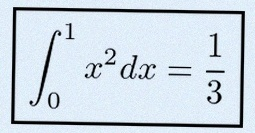
\int_0^1 x^2dx=\frac13